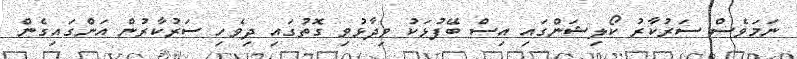
ނަމަވެސް ސަރުކާރު ކޯލިޝަންގައި އިސް ބޭފުޅަކު ވިދާޅުވި ގޮތުގައި ދިވެހި ސަރުކާރުން އަންގައިގެން